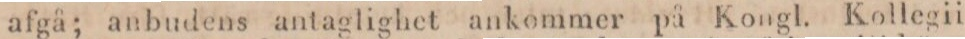
afgå; anbudens antaglighet ankommer på Kongl. Kollegii